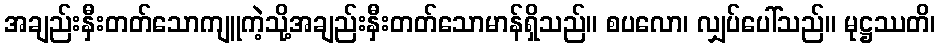
အချည်းနှီးတတ်သောကျူကဲ့သို့အချည်းနှီးတတ်သောမာန်ရှိသည်။ စပလော၊ လျှပ်ပေါ်သည်။ မုဋ္ဌဿတိ၊